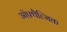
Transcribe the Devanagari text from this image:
ऑफ़्थैल्मिक